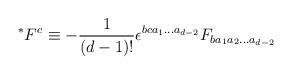
LaTeX: \begin{align*}~^{*}F^{c}\equiv -\frac{1}{(d-1)!}\epsilon^{bca_{1}\ldots a_{d-2}}F_{ba_{1}a_{2}\ldots a_{d-2}} \end{align*}